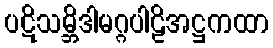
ပဋိသမ္ဘိဒါမဂ္ဂပါဠိအဋ္ဌကထာ